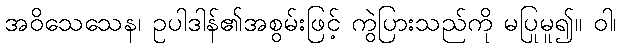
အဝိသေသေန၊ ဥပါဒါန်၏အစွမ်းဖြင့် ကွဲပြားသည်ကို မပြုမူ၍။ ဝါ၊